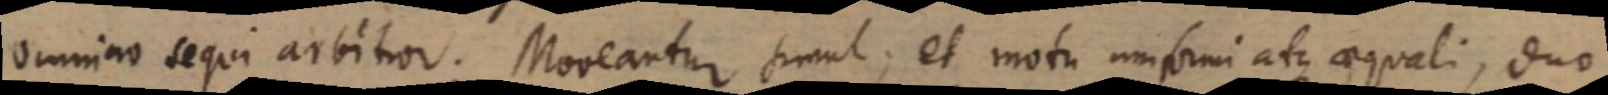
omnino sequi arbitor: Moveantur simul, et motu uniformi atque aequali, duo